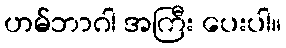
ဟမ်ဘာဂါ အကြီး ပေးပါ။